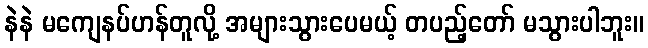
နဲနဲ မကျေနပ်ဟန်တူလို့ အများသွားပေမယ့် တပည့်တော် မသွားပါဘူး။